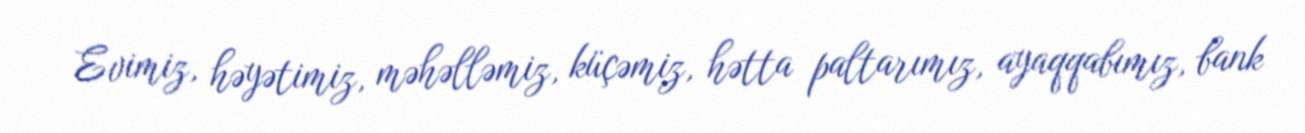
Evimiz, həyətimiz, məhəlləmiz, küçəmiz, hətta paltarımız, ayaqqabımız, bank